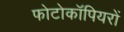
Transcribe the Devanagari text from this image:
फोटोकॉपियरों